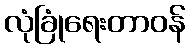
လုံခြုံရေးတာဝန်